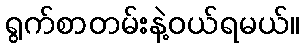
ရွက်စာတမ်းနဲ့ဝယ်ရမယ်။